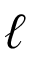
\ell